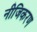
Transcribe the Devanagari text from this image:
नीजिकरण